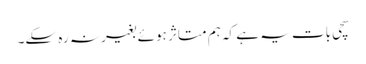
سچی بات یہ ہے کہ ہم متاثر ہوئے بغیر نہ رہ سکے۔